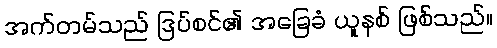
အက်တမ်သည် ဒြပ်စင်၏ အခြေခံ ယူနစ် ဖြစ်သည်။